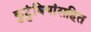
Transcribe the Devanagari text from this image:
कुटुंबियांसहित